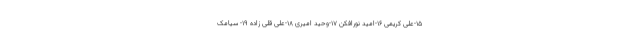
١٥-على کریمى ١٦-امید نورافکن ١٧-وحید امیرى ١٨-على قلى زاده ١٩- سیامک